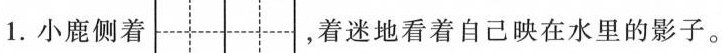
1.小鹿侧着 ，着迷地看着自己映在水里的影子。